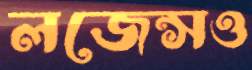
লজেন্সও